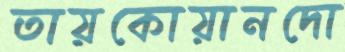
তায়কোয়ানদো